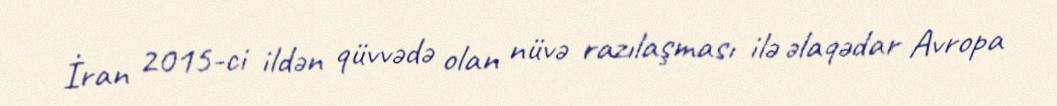
İran 2015-ci ildən qüvvədə olan nüvə razılaşması ilə əlaqədar Avropa